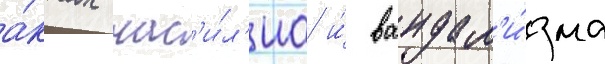
а́ктах нас'и́л'иа и́ вандал'и́зма